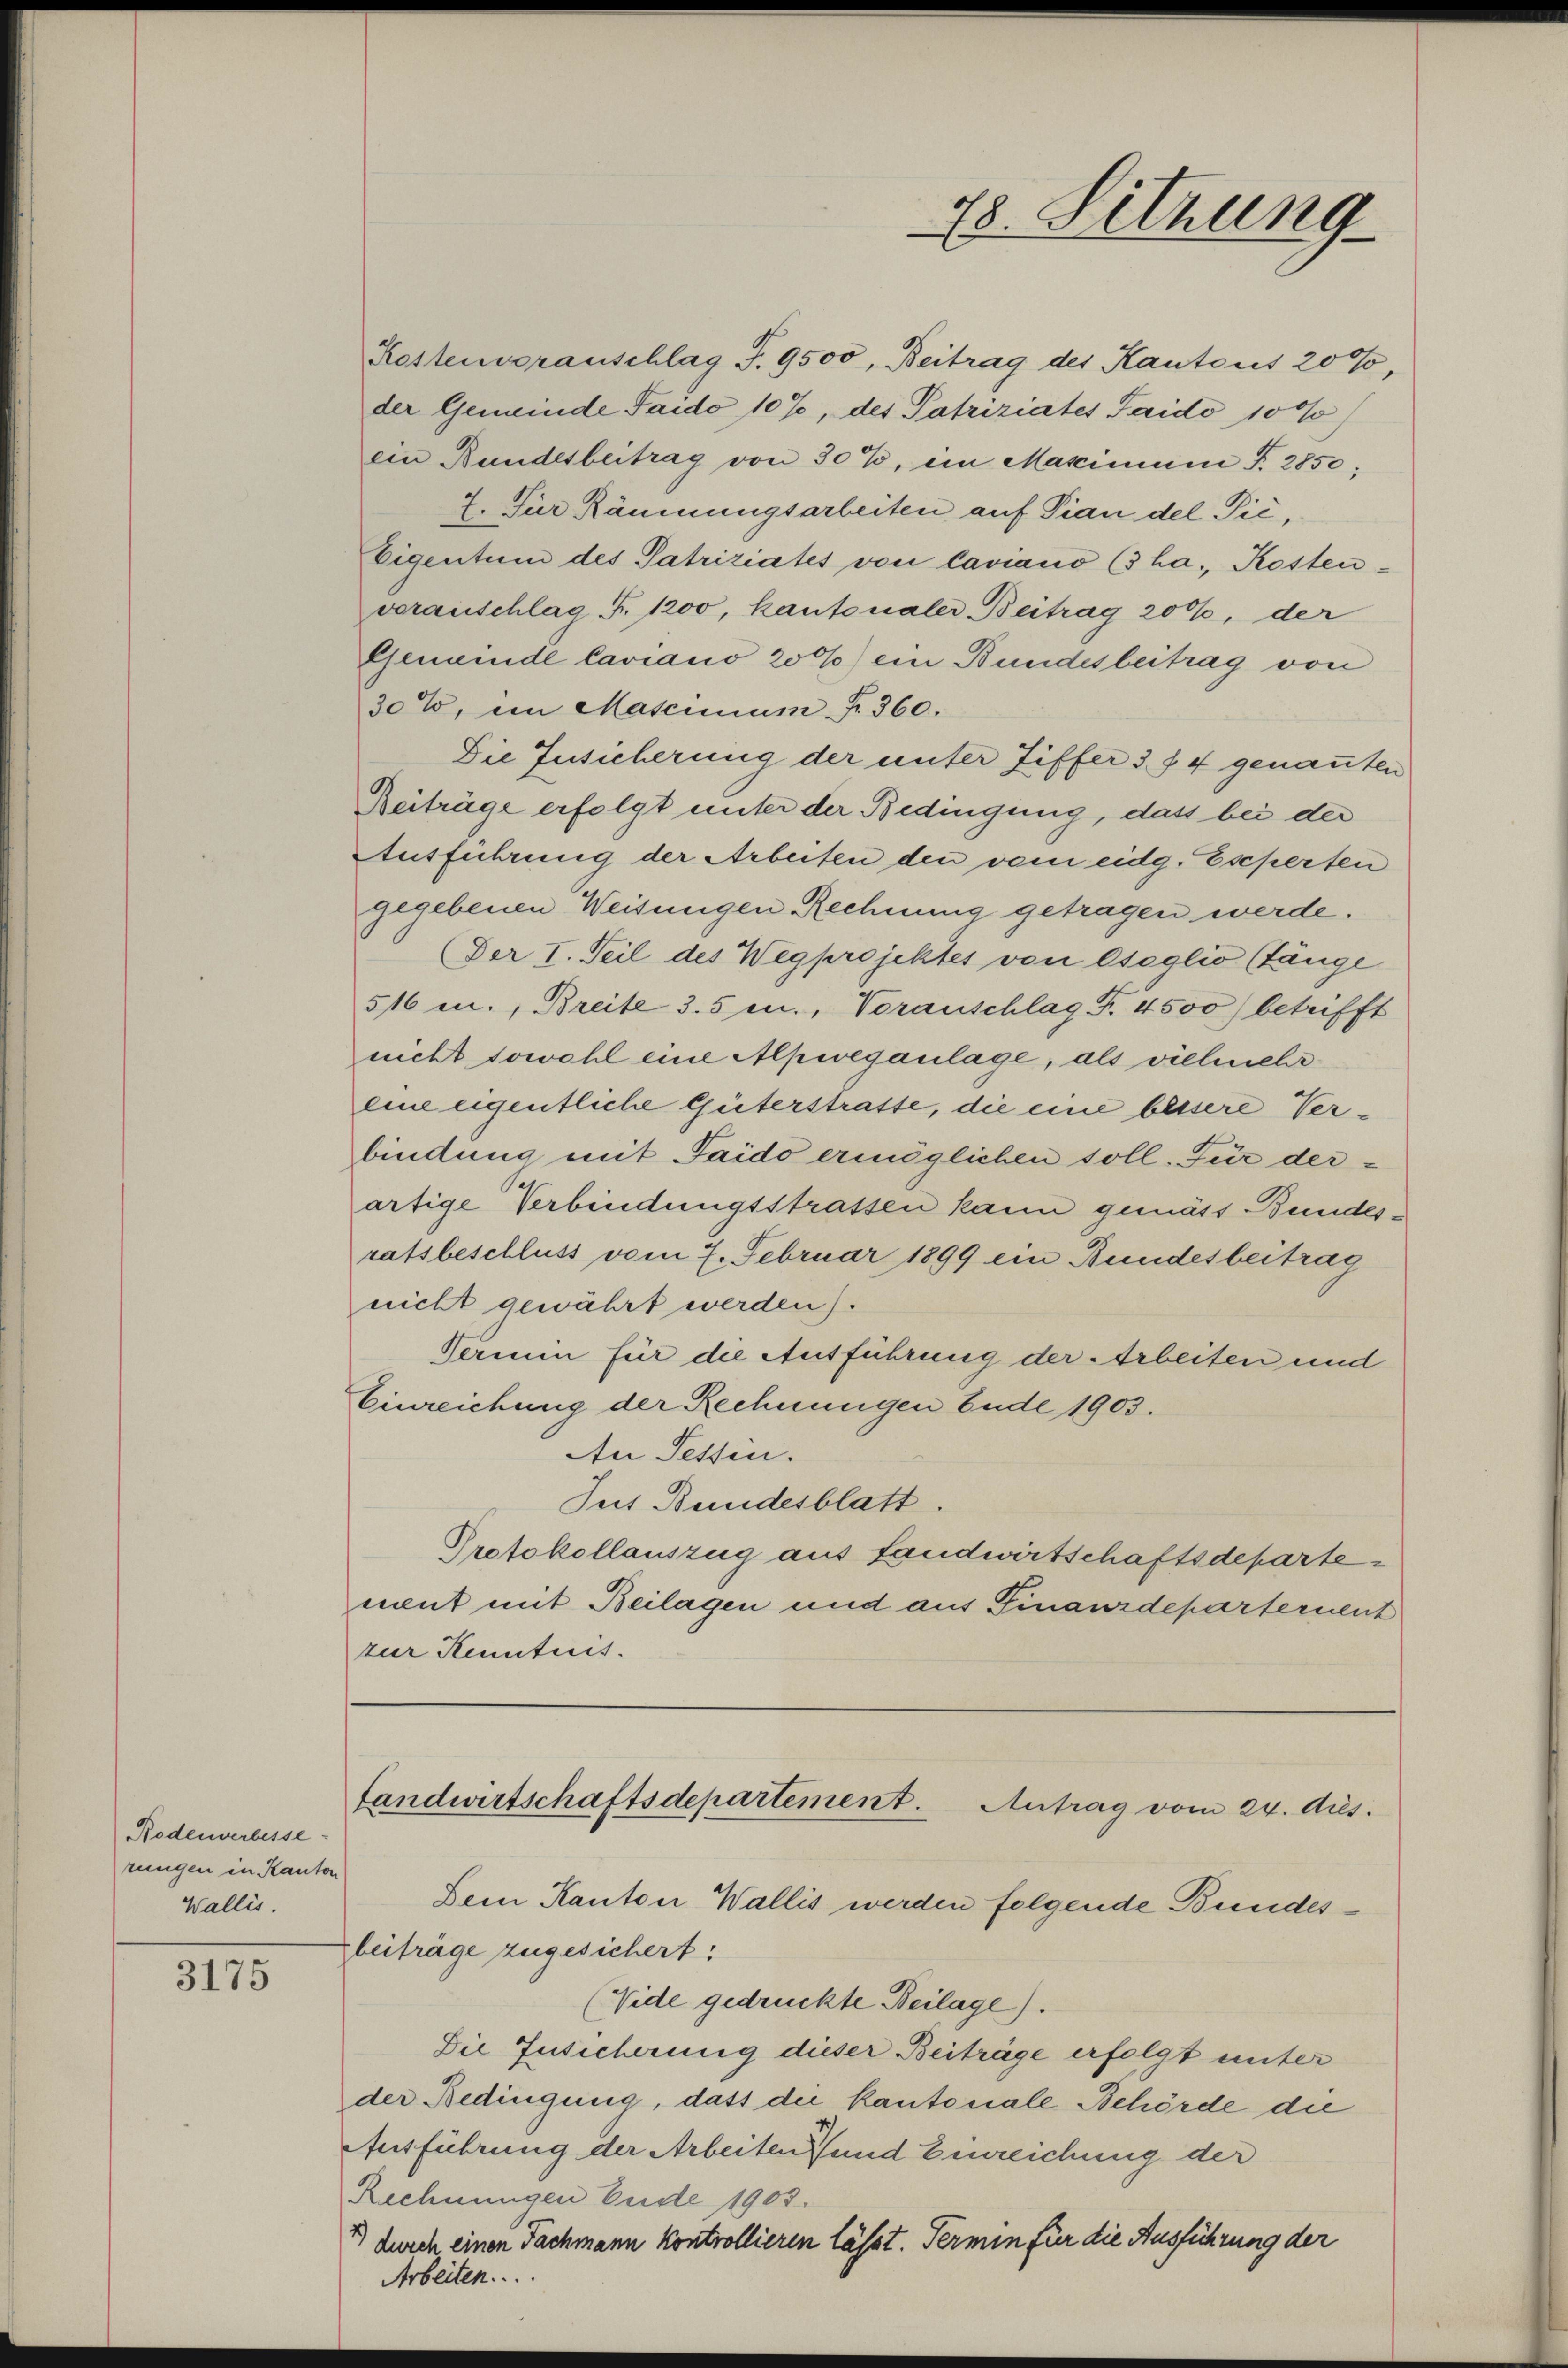
Rodenverbesse
rungen in Kanton
Wallis.

3175

Gemeinde Caviano 200) ein Bundesbeitrag von
30%, im Mascinium fr. 360.
Die Insicherung der unter Ziffer 3 f 4 genannten
Beiträge erfolgt unter der Bedingung, dass bei der
Ausführung der Arbeiten den vom eidg. Eseperten
gegebenen Weisungen Rechnung getragen werde.
(Der I. Teil des Wegprojektes von eseglio (Tänge
516 u., Breite 3.5 cm., Vorauschlag Fr. 4500) betrifft
nicht sowohl eine Alpweganlage, als vielmehr
eine eigentliche Güterstratte, die eine bessere Verbindung mit Saido ermöglichen soll. Für derartige Verbindungsstrassen kann gemäss Bundesratsbeschluss vom 7. Februar 1899 ein Bundesbeitrag
nicht gewährt werden).
Termin für die Ausführung der Arbeiten und
Einreichung der Rechnungen Ende 1903.
An Sessen.
Sus Bundesblatt.
Protokollauszug aus fandwirtschaftsdepartenent mit Beilagen und aus Finanzdeparternent
zur Kenntnis.

Landwirtschaftsdepartement. Antrag vom 24. dies.

Arbeiten.

Dem Kanton Wallis werden folgende Bundesbeiträge zugesichert:
(Vide gedruckte Beilage).
Die Insicherung dieser Beiträge erfolgt unter
der Bedingung, dass die kantonale Behörde die
Ausführung der Arbeiten und Einreichung der
Rechnungen Ende 1903.
durch einen Fachmann kontrollieren lässt. Termin für die Ausführung der

78. Sitzung

Kostenvoranschlag S. 9500, Beitrag des Kantons 20%,
der Gemeinde Saido 10%, des Patriziates Saidó 10 %
ein Bundesbeitrag von 30%, im Maximum P. 2850;
7. Für Räumungsarbeiten auf Pian del Pić,
Eigentum des Patriziates von Caviano (3 ha., Kostenvoranschlag Fr. 1200, kantonaler Beitrag 200, der